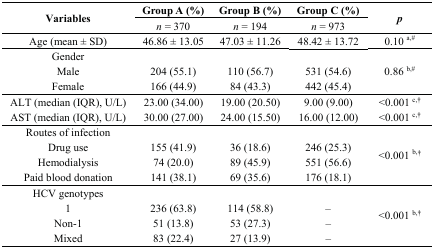
| <ROWSPAN=2> Variables | Group A (%) | Group B (%) | Group C (%) | <ROWSPAN=2> p |
 | n = 370 | n = 194 | n = 973 |
 | --- | --- | --- | --- | --- |
 | Age (mean ± SD) | 46.86 ± 13.05 | 47.03 ± 11.26 | 48.42 ± 13.72 | 0.10 a,# |
 | Gender |  |  |  | <ROWSPAN=3> 0.86 b,# |
 | Male | 204 (55.1) | 110 (56.7) | 531 (54.6) |
 | Female | 166 (44.9) | 84 (43.3) | 442 (45.4) |
 | ALT (median (IQR), U/L) | 23.00 (34.00) | 19.00 (20.50) | 9.00 (9.00) | <0.001 c,† |
 | AST (median (IQR), U/L) | 30.00 (27.00) | 24.00 (15.50) | 16.00 (12.00) | <0.001 c,† |
 | Routes of infection |  |  |  | <ROWSPAN=4> <0.001 b,† |
 | Drug use | 155 (41.9) | 36 (18.6) | 246 (25.3) |
 | Hemodialysis | 74 (20.0) | 89 (45.9) | 551 (56.6) |
 | Paid blood donation | 141 (38.1) | 69 (35.6) | 176 (18.1) |
 | HCV genotypes |  |  |  | <ROWSPAN=4> <0.001 b,† |
 | 1 | 236 (63.8) | 114 (58.8) | – |
 | Non-1 | 51 (13.8) | 53 (27.3) | – |
 | Mixed | 83 (22.4) | 27 (13.9) | – |